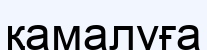
қамалуға